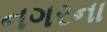
નગરના